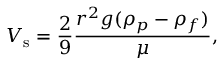
V _ { \mathrm { s } } = { \frac { 2 } { 9 } } { \frac { r ^ { 2 } g ( \rho _ { p } - \rho _ { f } ) } { \mu } } ,